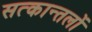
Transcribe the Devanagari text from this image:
सत्कान्तलों